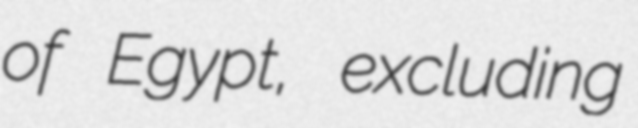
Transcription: of Egypt, excluding